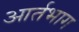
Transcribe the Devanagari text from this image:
आर्तभाग